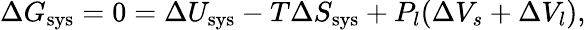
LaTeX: \Delta G_{\mathrm{sys}}=0=\Delta U_{\mathrm{sys}}-T\Delta S_{\mathrm{sys}}+P_{l}(\Delta V_{s}+\Delta V_{l}),